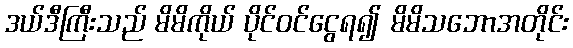
ဒယ်ဒီကြီးသည် မိမိကိုယ် ပိုင်ဝင်ငွေရ၍ မိမိသဘောအတိုင်း